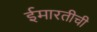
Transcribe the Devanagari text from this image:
ईमारतीची